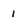
Character: 1